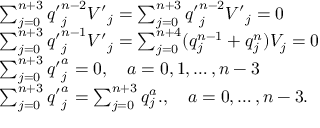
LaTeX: \begin{array} { l c r } { { \sum _ { j = 0 } ^ { n + 3 } { q ^ { \prime } } _ { j } ^ { n - 2 } { V ^ { \prime } } _ { j } = \sum _ { j = 0 } ^ { n + 3 } { q ^ { \prime } } _ { j } ^ { n - 2 } { V ^ { \prime } } _ { j } = 0 } } \\ { { \sum _ { j = 0 } ^ { n + 3 } { q ^ { \prime } } _ { j } ^ { n - 1 } { V ^ { \prime } } _ { j } = \sum _ { j = 0 } ^ { n + 4 } ( q _ { j } ^ { n - 1 } + q _ { j } ^ { n } ) V _ { j } = 0 } } \\ { { \sum _ { j = 0 } ^ { n + 3 } { q ^ { \prime } } _ { j } ^ { a } = 0 , \quad a = 0 , 1 , \ldots , n - 3 } } \\ { { \sum _ { j = 0 } ^ { n + 3 } { q ^ { \prime } } _ { j } ^ { a } = \sum _ { j = 0 } ^ { n + 3 } q _ { j } ^ { a } . , \quad a = 0 , \ldots , n - 3 . } } \end{array}